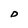
Character: D